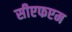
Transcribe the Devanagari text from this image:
सीएफएम